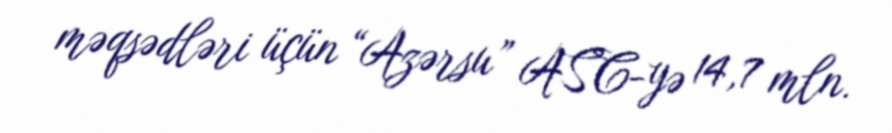
məqsədləri üçün “Azərsu” ASC-yə 14,7 mln.